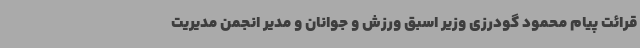
قرائت پیام محمود گودرزی وزیر اسبق ورزش و جوانان و مدیر انجمن مدیریت